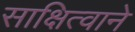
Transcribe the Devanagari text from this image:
साक्षित्वाने